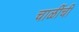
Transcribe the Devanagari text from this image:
चाळींची